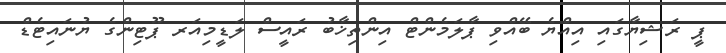
ޕީ ރަޝިޔާގައި އިއްޔެ ބޭއްވި ޕާލަމެންޓް އިންތިޚާބު ރައީސް ލަޑީމިއަރ ޕޫޓިންގެ ޔުނައިޓެޑް